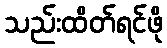
သည်းထိတ်ရင်ဖို